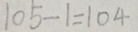
1 0 5 - 1 = 1 0 4